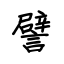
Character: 譬